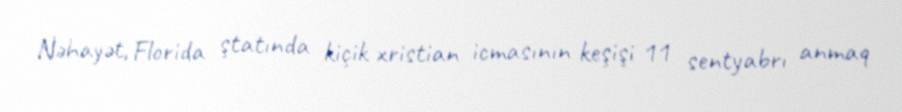
Nəhayət, Florida ştatında kiçik xristian icmasının keşişi 11 sentyabrı anmaq